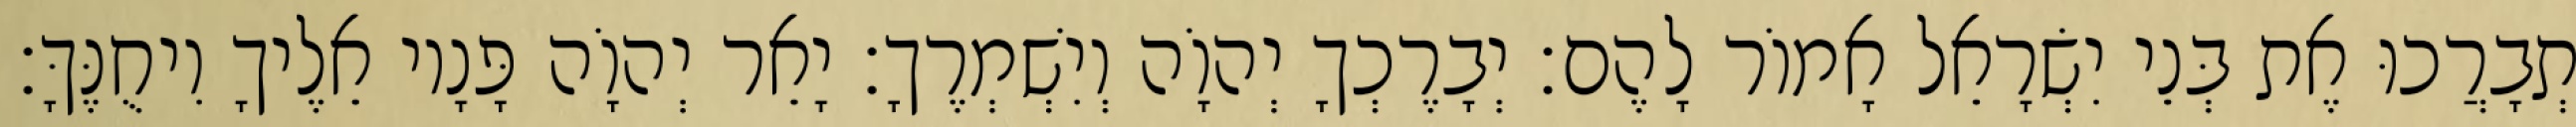
תְבָרֲכוּ אֶת בְּנֵי יִשְׂרָאֵל אָמוֹר לָהֶם׃ יְבָרֶכְךָ יְהוָֹה וְיִשְׁמְרֶךָ׃ יָאֵר יְהוָֹה פָּנָיו אֵלֶיךָ וִיחֻנֶּךָּ׃